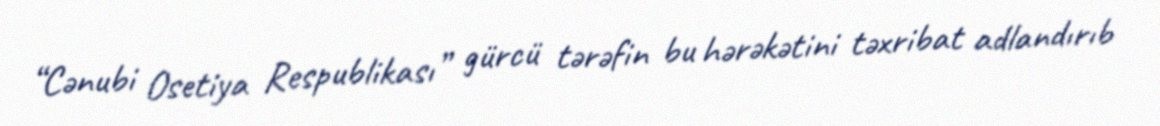
“Cənubi Osetiya Respublikası” gürcü tərəfin bu hərəkətini təxribat adlandırıb